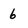
Character: 6